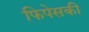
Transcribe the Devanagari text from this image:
फिपेसकी